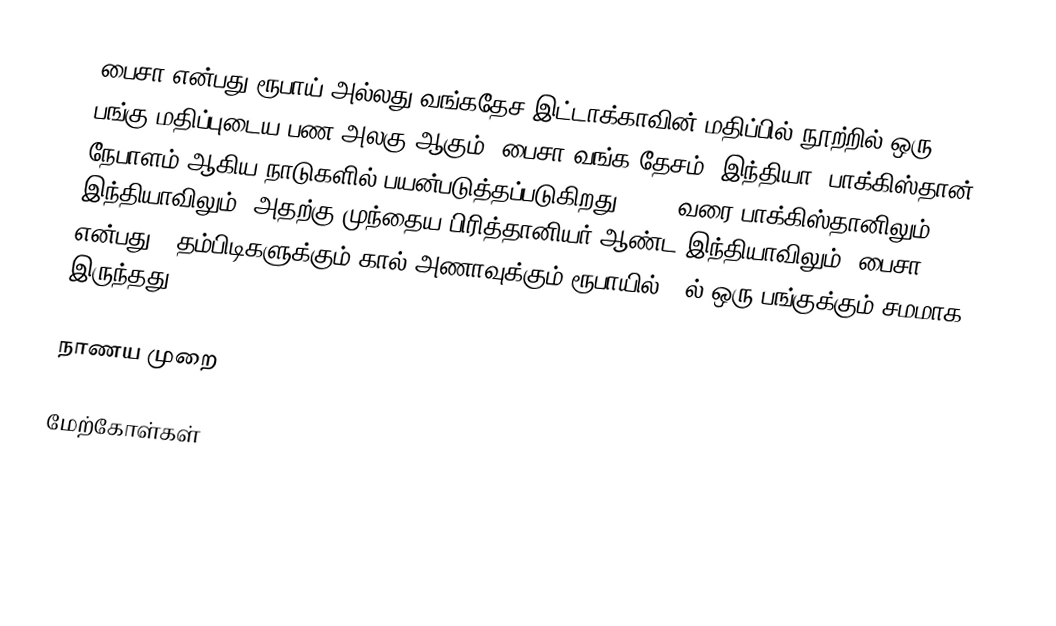
பைசா என்பது ரூபாய் அல்லது வங்கதேச இட்டாக்காவின் மதிப்பில் நூற்றில் ஒரு பங்கு மதிப்புடைய பண அலகு ஆகும். பைசா வங்க தேசம், இந்தியா, பாக்கிஸ்தான், நேபாளம் ஆகிய நாடுகளில் பயன்படுத்தப்படுகிறது. 1950 வரை பாக்கிஸ்தானிலும் இந்தியாவிலும் (அதற்கு முந்தைய பிரித்தானியர் ஆண்ட இந்தியாவிலும்) பைசா என்பது 3 தம்பிடிகளுக்கும் கால் அணாவுக்கும் ரூபாயில் 64ல் ஒரு பங்குக்கும் சமமாக இருந்தது

நாணய முறை

மேற்கோள்கள்